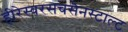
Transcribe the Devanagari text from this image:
हीरेस्वरसचसैनस्टाल्ट